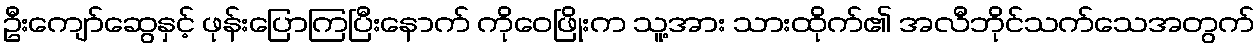
ဦးကျော်ဆွေနှင့် ဖုန်းပြောကြပြီးနောက် ကိုဝေဖြိုးက သူ့အား သားထိုက်၏ အလီဘိုင်သက်သေအတွက်